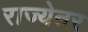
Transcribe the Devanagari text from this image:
राज्येतर